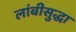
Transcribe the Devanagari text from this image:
लांबीसुद्धा